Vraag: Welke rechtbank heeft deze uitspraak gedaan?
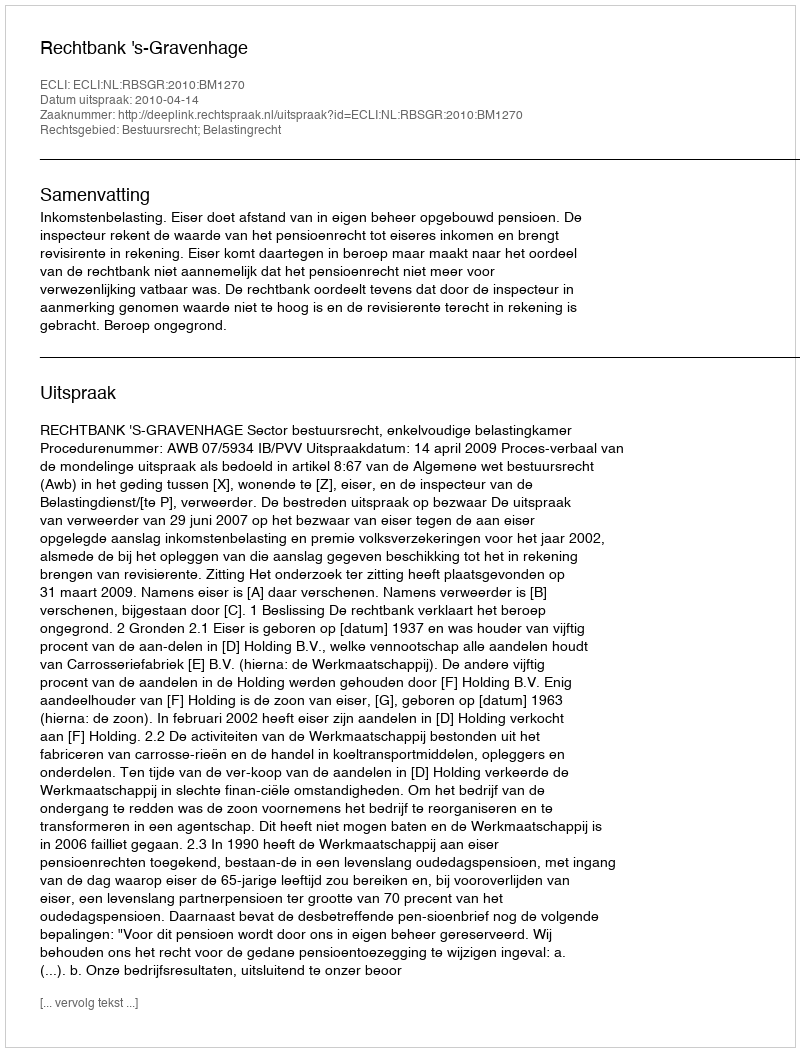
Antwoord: Rechtbank 's-Gravenhage